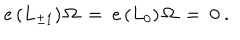
LaTeX: e \, ( L _ { \pm 1 } ) \, \Omega \ = \ e \, ( L _ { 0 } ) \, \Omega \ = \ 0 \ .